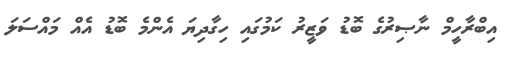
އިބްރާހީމް ނާޞިރުގެ ބޮޑު ވަޒީރު ކަމުގައި ހިގާދިޔަ އެންމެ ބޮޑު އެއް މައްސަލަ